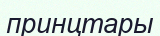
принцтары